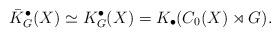
LaTeX: \begin{align*}\bar K^\bullet_G(X) \simeq K^\bullet_G(X) = K_\bullet(C_0(X) \rtimes G).\end{align*}